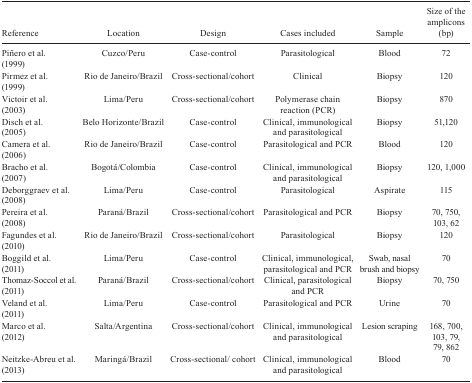
<table><thead><tr><td><b> Reference</b></td><td><b> Location</b></td><td><b> Design</b></td><td><b> Cases included</b></td><td><b> Sample</b></td><td><b> Size of the amplicons (bp)</b></td></tr></thead><tbody><tr><td> Piñero et al. (1999)</td><td>Cuzco/Peru</td><td>Case-control</td><td>Parasitological</td><td>Blood</td><td>72</td></tr><tr><td> Pirmez et al. (1999)</td><td>Rio de Janeiro/Brazil</td><td>Cross-sectional/cohort</td><td>Clinical</td><td>Biopsy</td><td>120</td></tr><tr><td> Victoir et al. (2003)</td><td>Lima/Peru</td><td>Cross-sectional/cohort</td><td>Polymerase chain reaction(PCR)</td><td>Biopsy</td><td>870</td></tr><tr><td> Disch et al. (2005)</td><td>Belo Horizonte/Brazil</td><td>Case-control</td><td>Clinical, immunological andparasitological</td><td>Biopsy</td><td>51,120</td></tr><tr><td> Camera et al. (2006)</td><td>Rio de Janeiro/Brazil</td><td>Case-control</td><td>Parasitological and PCR</td><td>Blood</td><td>120</td></tr><tr><td> Bracho et al. (2007)</td><td>Bogotá/Colombia</td><td>Case-control</td><td>Clinical, immunological andparasitological</td><td>Biopsy</td><td>120, 1,000</td></tr><tr><td> Deborggraev et al. (2008)</td><td>Lima/Peru</td><td>Case-control</td><td>Parasitological</td><td>Aspirate</td><td>115</td></tr><tr><td> Pereira et al. (2008)</td><td>Paraná/Brazil</td><td>Cross-sectional/cohort</td><td>Parasitological and PCR</td><td>Biopsy</td><td>70, 750, 103, 62</td></tr><tr><td> Fagundes et al. (2010)</td><td>Rio de Janeiro/Brazil</td><td>Cross-sectional/cohort</td><td>Parasitological</td><td>Biopsy</td><td>120</td></tr><tr><td> Boggild et al. (2011)</td><td>Lima/Peru</td><td>Case-control</td><td>Clinical, immunological,parasitological and PCR</td><td>Swab, nasal brush and biopsy</td><td>70</td></tr><tr><td> Thomaz-Soccol et al. (2011)</td><td>Paraná/Brazil</td><td>Cross-sectional/cohort</td><td>Clinical, parasitological andPCR</td><td>Biopsy</td><td>70, 750</td></tr><tr><td> Veland et al. (2011)</td><td>Lima/Peru</td><td>Case-control</td><td>Parasitological and PCR</td><td>Urine</td><td>70</td></tr><tr><td> Marco et al. (2012)</td><td>Salta/Argentina</td><td>Cross-sectional/cohort</td><td>Clinical, immunological andparasitological</td><td>Lesion scraping</td><td>168, 700, 103, 79, 79, 862</td></tr><tr><td> Neitzke-Abreu et al. (2013)</td><td>Maringá/Brazil</td><td>Cross-sectional/ cohort</td><td>Clinical, immunological andparasitological</td><td>Blood</td><td>70</td></tr></tbody></table>